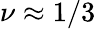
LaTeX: \nu\approx 1/3